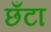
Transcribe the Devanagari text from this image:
छँटा